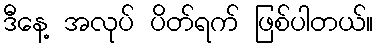
ဒီနေ့ အလုပ် ပိတ်ရက် ဖြစ်ပါတယ်။